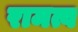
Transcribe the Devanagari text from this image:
रामत्व